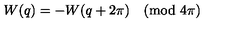
W ( q ) = - W ( q + 2 \pi ) \pmod { 4 \pi }